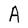
Character: A